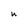
Character: u